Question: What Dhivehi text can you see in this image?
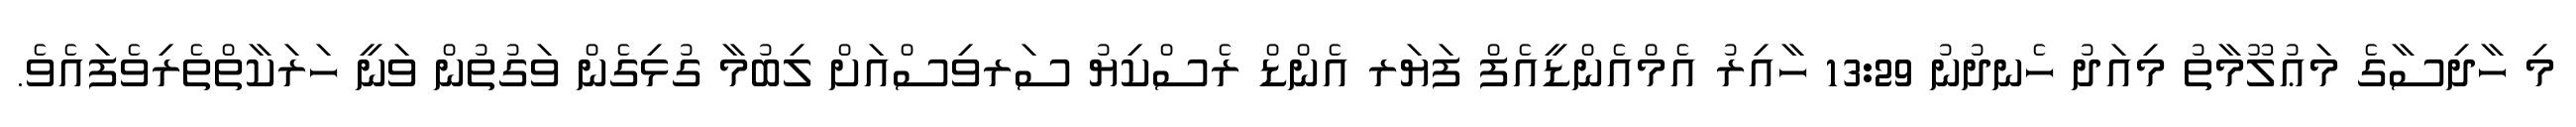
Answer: މި ހާދިސާގެ މަޢުލޫމާތު މިއަދު ހެނދުނު 13:29 ހާއިރު އެމްއެންޑީއެފް ފަޔަރ އެންޑް ރެސްކިޔު ސަރވިސްއަށް ލިބުމާ ގުޅިގެން ވަގުތުން ވަނީ ހަރަކާތްތެރިވެފައެވެ.